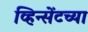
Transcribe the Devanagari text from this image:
व्हिन्सेंटच्या